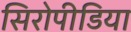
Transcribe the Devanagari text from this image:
सिरोपीडिया